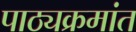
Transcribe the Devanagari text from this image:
पाठ्यक्रमांत